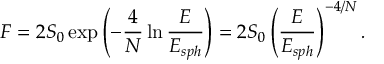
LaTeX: F = 2 S _ { 0 } \exp \left( - { \frac { 4 } { N } } \ln { \frac { E } { E _ { s p h } } } \right) = 2 S _ { 0 } \left( { \frac { E } { E _ { s p h } } } \right) ^ { - 4 / N } .